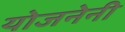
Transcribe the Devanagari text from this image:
योजनेनी